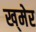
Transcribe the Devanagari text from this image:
ख्‌मेर